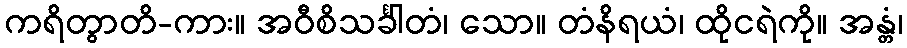
ကရိတွာတိ-ကား။ အဝီစိသင်္ခါတံ၊ သော။ တံနိရယံ၊ ထိုငရဲကို။ အန္တံ၊